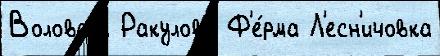
Воловаjа Ракулово Ф'е́рма Л'есн'ичовка